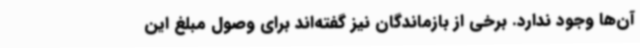
آن‌ها وجود ندارد. برخی از بازماندگان نیز گفته‌اند برای وصول مبلغ این